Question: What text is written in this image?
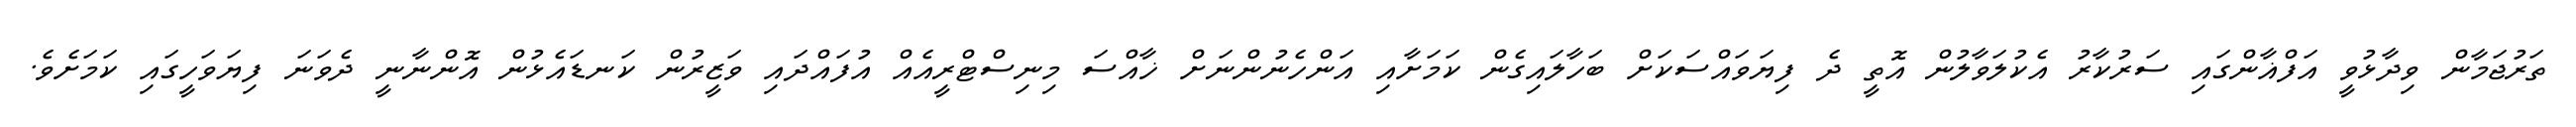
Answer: ތަރުޖަމާން ވިދާޅުވީ އަފްޣާންގައި ސަރުކާރު އެކުލަވާލުން އޮތީ ދެ ފިޔަވައްސަކަށް ބަހާލައިގެން ކަމަށާއި އަންހެނުންނަށް ޚާއްސަ މިނިސްޓްރީއެއް އުފައްދައި ވަޒީރުން ކަނޑައެޅުން އޮންނާނީ ދެވަނަ ފިޔަވަހީގައި ކަމަށެވެ.